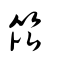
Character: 笓